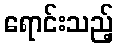
ရောင်းသည့်